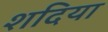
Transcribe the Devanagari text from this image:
शदिया